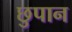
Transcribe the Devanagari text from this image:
छुपान